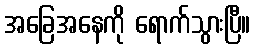
အခြေအနေကို ရောက်သွားပြီ။